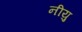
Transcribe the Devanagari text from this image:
नीयु